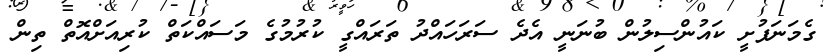
ގެމަނަފުށީ ކައުންސިލުން ބުނަނީ އެދެ ސަރަހައްދު ތަރައްގީ ކުރުމުގެ މަސައްކަތް ކުރިއަށްއޮތް ތިން